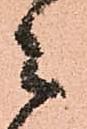
之